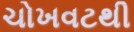
ચોખવટથી